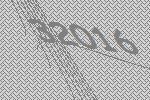
32016